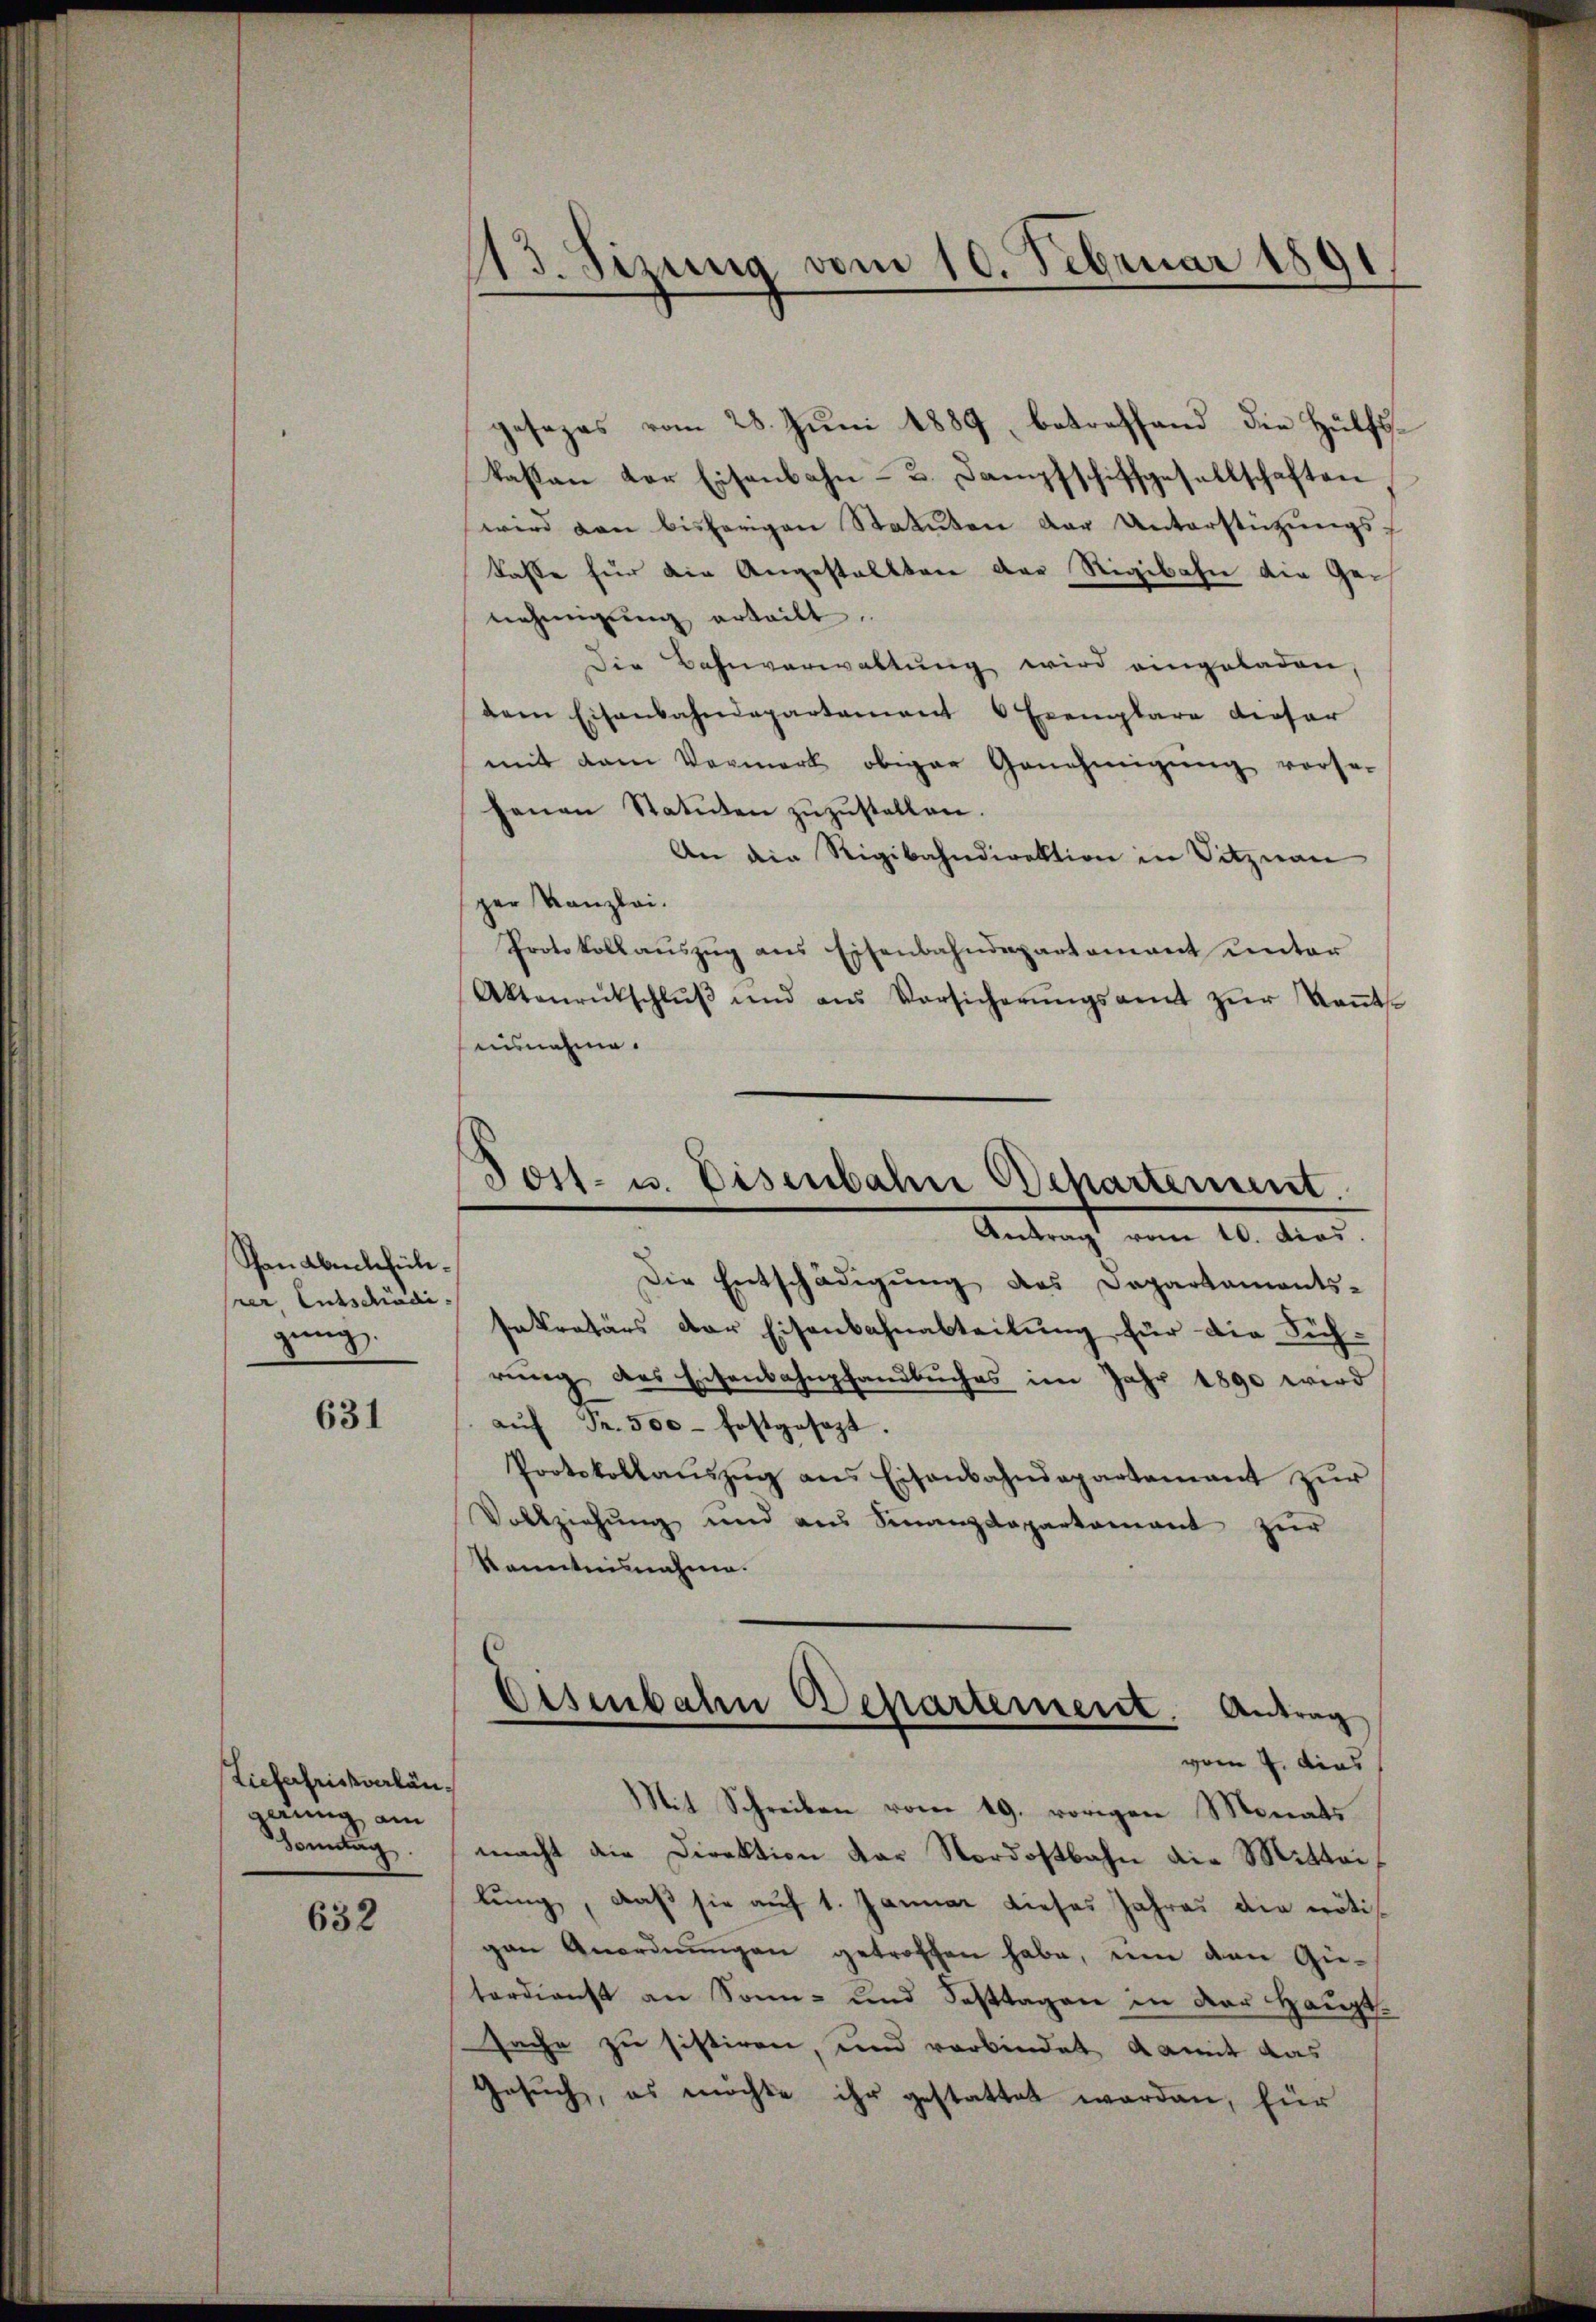
Panabenthülrer Entschädi-
gung

631

Liefertrickverlängerung am
Sonntag.

632

gesezes vom 28. Juni 1889, betreffend die Hülfskaßan der Eisenbahn- 3. Dampfschiffgesellschaften
wird von bisherigen Statuten der Unterstützŭngs-
kasse für die Angestallten der Rigibahn die Genehmigŭng erteilt.
Die Bahnverwaltung wird eingeladen,
dem Eisenbahndepartement Exemplare dieser
mit dem Vormerk obiger Genehmigŭng vorse-
henen Statuten zŭzŭstellen.
An die Rigibahndirektion in Sitznau
ger Kanzlei.
Protokollaŭszŭg ans Eisenbahndepartamant unter
Aktenrückschlŭβ ŭnd aus Vorsicherŭngsamt zŭr Keṅt-
uisnehme.

13. Sizung vom 10. Februar 1891
.

Jost- u. Disenbahn Behartement.
Antrag vom 10. dies

Die Entschädigung des Departaments-
sekretärs der Eisenbahnabteilung für die Sichrŭng des Eisenbahnpfandbuches im Jahr 1890 wird
aŭf Fr. 500 festgesezt.
Protokollaŭszŭg ans Eisenbahndepartement zŭr
Vollziehŭng und ans Finanzdepartamant zŭr
Kenntnisnahme.

Eisenbahn Departement. Antrag
vom 4. dies

Mit Schreiben vom 19. vorigen Monats
macht die Direktion der Nordostbahn die Mitteilung, daß sie auf 1. Januar dieses Jahres die nötigen Anordnŭngen getroffen habe, um den Gieterdienst an Sonn- und Fasttagen in der Haupt-
sache zu sistiren, und verbindet, damit das
Gesuch, es möchte ihr gestattet worden, für